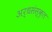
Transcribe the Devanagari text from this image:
अर्धसंस्कृत